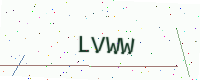
Text: LVWW